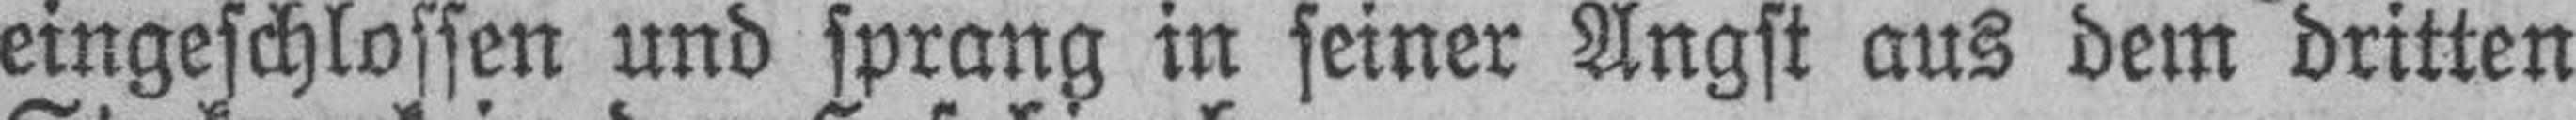
eingeschlossen und sprang in seiner Angst aus dem dritten